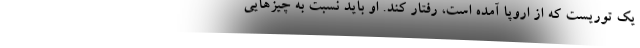
یک توریست که از اروپا آمده است، رفتار کند. او باید نسبت به چیزهایی